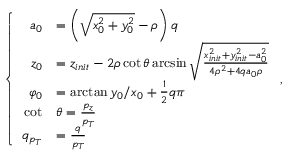
\left\{ \begin{array} { r l } { a _ { 0 } } & { = \left( \sqrt { x _ { 0 } ^ { 2 } + y _ { 0 } ^ { 2 } } - \rho \right) q } \\ { z _ { 0 } } & { = z _ { i n i t } - 2 \rho \cot { \theta } \arcsin { \sqrt { \frac { x _ { i n i t } ^ { 2 } + y _ { i n i t } ^ { 2 } - a _ { 0 } ^ { 2 } } { 4 \rho ^ { 2 } + 4 q a _ { 0 } \rho } } } } \\ { \varphi _ { 0 } } & { = \arctan { y _ { 0 } / x _ { 0 } } + \frac { 1 } { 2 } q \pi } \\ { \cot } & { \theta = \frac { p _ { z } } { p _ { T } } } \\ { q _ { p _ { T } } } & { = \frac { q } { p _ { T } } } \end{array} \right. ,